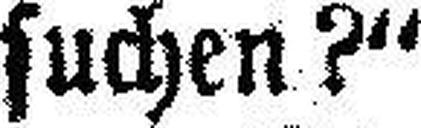
suchen?“